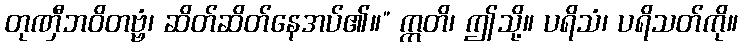
တုဏှီဘဝိတဗ္ဗံ၊ ဆိတ်ဆိတ်နေအပ်၏။” ဣတိ၊ ဤသို့။ ပရိသံ၊ ပရိသတ်ကို။